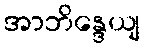
အာဘိန္ဒေယျ